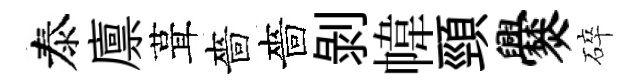
泰廪葺嗇嗇剝幃頸爨碎